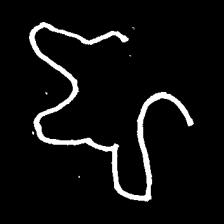
Pyu character \u2014 Myanmar letter: ဈ (romanized: jha)